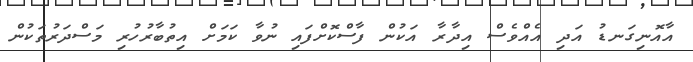
އާއޮނިގަނޑު އަދި އެއްވެސް އިދާރާ އަކުން ފާސްކޮށްފައި ނުވާ ކަމަށް އިތުބާރުހުރި މަސްދަރުތަކުން